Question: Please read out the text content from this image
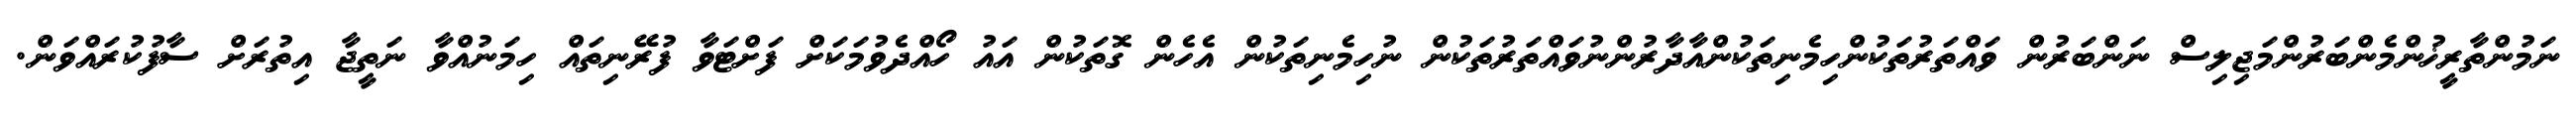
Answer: ނަމުންތާރީޚުންމެންބަރުންމަޖިލިސް ނަންބަރުން ވައްތަރުތަކުންހިމެނިތަކުންއާދާރުންނުވައްތަރުތަކުން ނުހިމެނިތަކުން އެހެން ގޮތަކުން އައު ހޯއްދެވުމަކަށް ފަށްޓަވާ ފުރޭނިތައް ހިމަނުއްވާ ނަތީޖާ އިތުރަށް ސާފުކުރައްވަން.